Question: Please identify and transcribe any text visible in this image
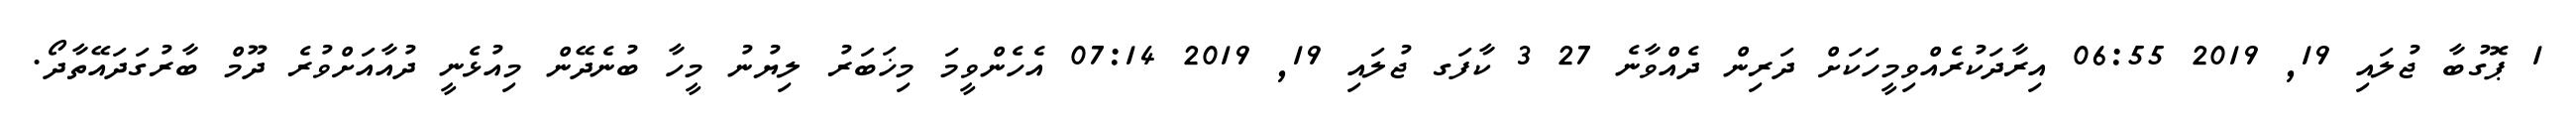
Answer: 1 ޕޮގުބާ ޖުލައި 19, 2019 06:55 އިރާދަކުރެއްވިމީހަކަށް ދަރިން ދެއްވާނެ 27 3 ކާފަގ ޖުލައި 19, 2019 07:14 އެހެންވީމަ މިޚަބަރު ލިޔުނު މީހާ ބުނެދޭން މިއުޅެނީ ދުއާއަށްވުރެ ދޫމް ބާރުގަދައޭތާދޯ.